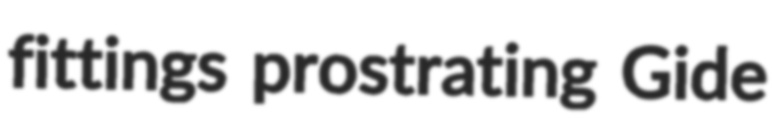
fittings prostrating Gide